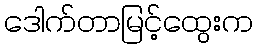
ဒေါက်တာမြင့်ထွေးက